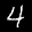
Label: 4